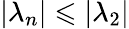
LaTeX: |\lambda_{n}|\leqslant|\lambda_{2}|